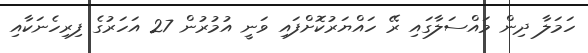
ހަމަލާ ދިން މައްސަލާގައި ރޭ ހައްޔަރުކޮށްފައި ވަނީ އުމުރުން 27 އަހަރުގެ ފިރިހެނަކާއި